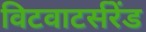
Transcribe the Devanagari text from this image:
विटवाटर्सरेंड